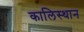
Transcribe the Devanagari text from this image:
कालिस्थान